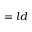
= l d